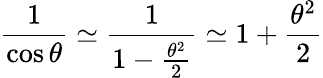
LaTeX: {\frac{1}{\cos\theta}}\simeq{\frac{1}{1-{\frac{\theta^{2}}{2}}}}\simeq 1+{\frac{\theta^{2}}{2}}